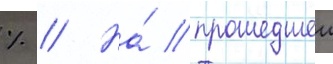
% // На́ прошедшеи